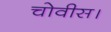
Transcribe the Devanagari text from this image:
चोवीस।